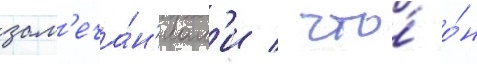
зам'еча́н'иам'и / что́ о́н